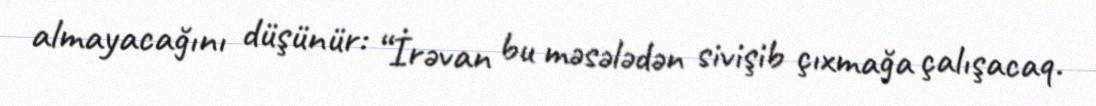
almayacağını düşünür: “İrəvan bu məsələdən sivişib çıxmağa çalışacaq.